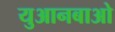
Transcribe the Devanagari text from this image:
युआनबाओ